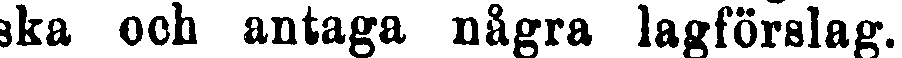
ska och antaga några lagförslag.